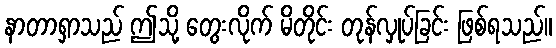
နာတာရှာသည် ဤသို့ တွေးလိုက် မိတိုင်း တုန်လှုပ်ခြင်း ဖြစ်ရသည်။